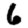
Digit: 6